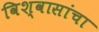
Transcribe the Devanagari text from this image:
विश्वासांचा